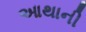
આથાની